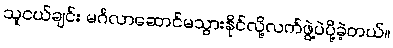
သူငယ်ချင်း မင်္ဂလာဆောင်မသွားနိုင်လို့လက်ဖွဲ့ပဲပို့ခဲ့တယ်။